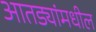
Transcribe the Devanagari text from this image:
आतड्यांमधील